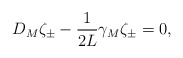
\begin{align*}{ D_M \zeta_\pm - {1 \over 2L} \gamma_M \zeta_\pm = 0 ,}\end{align*}